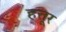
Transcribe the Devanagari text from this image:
हत्तूर